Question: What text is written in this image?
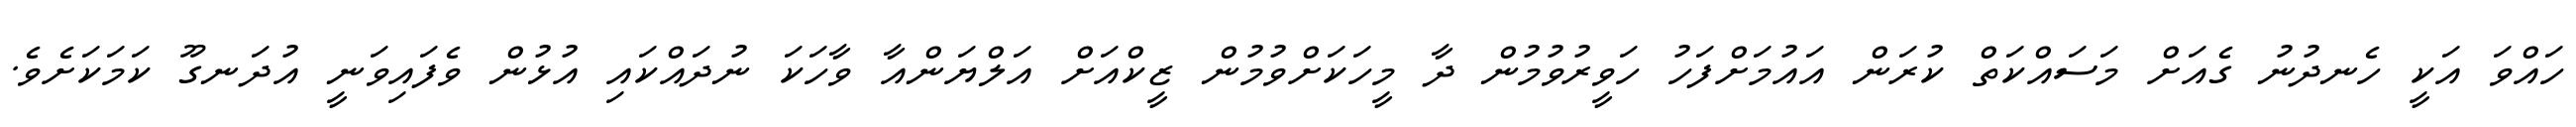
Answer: ހައްވަ އަކީ ހެނދުނު ގެއަށް މަސައްކަތް ކުރަން އައުމަށްފަހު ހަވީރުވުމުން ދާ މީހަކަށްވުމުން ޒީކްއަށް އަލްޔަންއާ ވާހަކަ ނުދައްކައި އުޅުން ވެފައިވަނީ އުދަނގޫ ކަމަކަށެވެ.